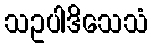
သဥပါဒိသေသံ